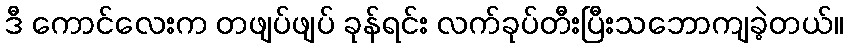
ဒီ ကောင်လေးက တဖျပ်ဖျပ် ခုန်ရင်း လက်ခုပ်တီးပြီးသဘောကျခဲ့တယ်။